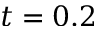
t = 0 . 2